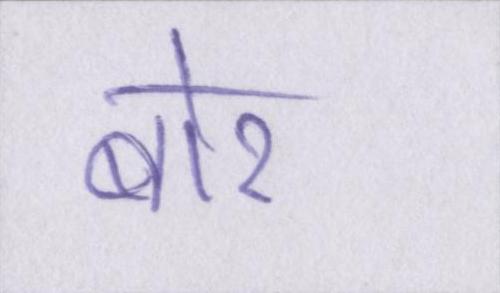
बोर